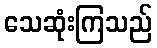
သေဆုံးကြသည်